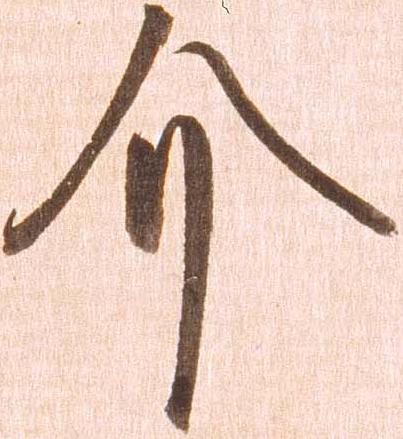
介